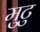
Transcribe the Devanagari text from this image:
मुटु